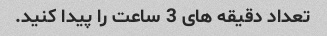
تعداد دقیقه های 3 ساعت را پیدا کنید.